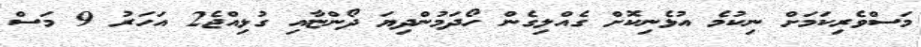
މަސްވެރިކަމަށް ނިކުމެ އުޅެނިކޮށް ގެއްލިގެން ހޯދަމުންދިޔަ ދޯންޏާއި ގުޅިއްޖެ2 އަހަރު 9 މަސް